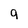
Character: q